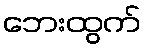
ဘေးထွက်